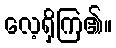
လေ့ရှိကြ၏။